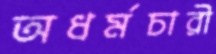
অধর্মচারী